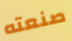
صنعته